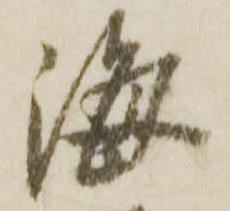
海